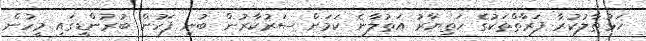
ހަޅުތާލުކުރާ ފަރާތްތަކުގެ ހަތިޔާރު އަތުލާނެ ކަމަށް ސަރުކާރުން ބުނި ފަހުން ބުރުންޑީގައި މީހުން